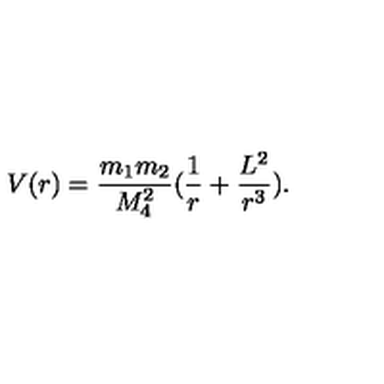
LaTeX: V ( r ) = \frac { m _ { 1 } m _ { 2 } } { M _ { 4 } ^ { 2 } } ( \frac { 1 } { r } + \frac { L ^ { 2 } } { r ^ { 3 } } ) .